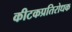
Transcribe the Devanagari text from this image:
कीटकप्रतिरोधक